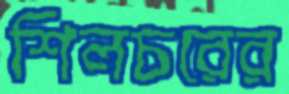
শিলচরের